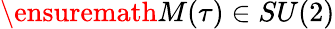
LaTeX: \ensuremath{M(\tau)}\in SU(2)